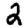
Digit: 2